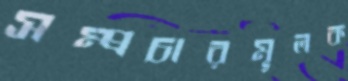
সম্প্রচারমূলক